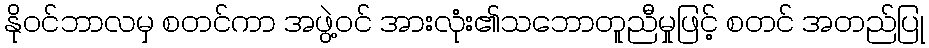
နိုဝင်ဘာလမှ စတင်ကာ အဖွဲ့ဝင် အားလုံး၏သဘောတူညီမှုဖြင့် စတင် အတည်ပြု